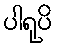
ပါရုပိ